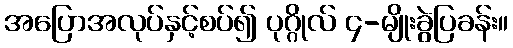
အပြောအလုပ်နှင့်စပ်၍ ပုဂ္ဂိုလ် ၄-မျိုးခွဲပြခန်း။